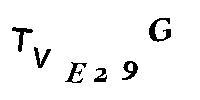
TVE29G